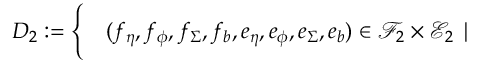
\begin{array} { r l } { D _ { 2 } : = \Bigg \{ } & { { } ( f _ { \eta } , f _ { \phi } , f _ { \Sigma } , f _ { b } , e _ { \eta } , e _ { \phi } , e _ { \Sigma } , e _ { b } ) \in \mathcal { F } _ { 2 } \times \mathcal { E } _ { 2 } \mid } \end{array}